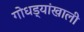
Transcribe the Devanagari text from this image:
गोधड्यांखाली